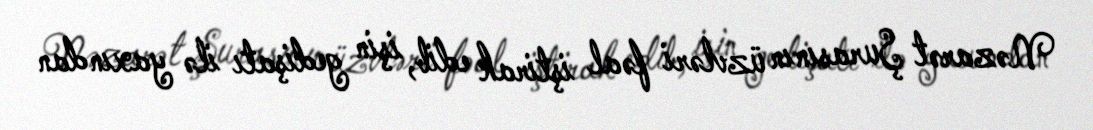
Nəzarət Şurasının üzvləri fəal iştirak edib, işin gedişatı ilə yaxından